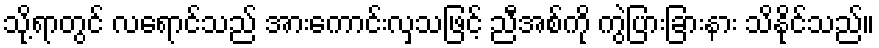
သို့ရာတွင် လရောင်သည် အားကောင်းလှသဖြင့် ညီအစ်ကို ကွဲပြားခြားနား သိနိုင်သည်။